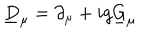
\underline { { { D } } } _ { \mu } = \partial _ { \mu } + i g \underline { { { G } } } _ { \mu }